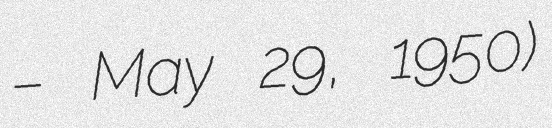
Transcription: – May 29, 1950)